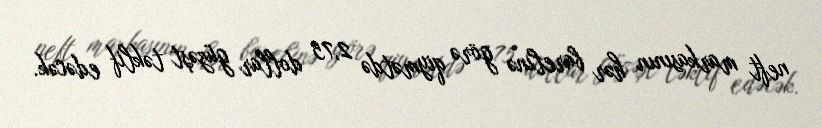
neft markasının hər barelinə görə qiymətdə 2,75 dollar güzəşt təklif edəcək.